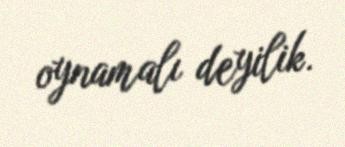
oynamalı deyilik.